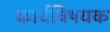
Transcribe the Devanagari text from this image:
कार्यविषयक